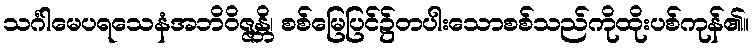
သင်္ဂါမေပရသေနံအဘိဝိဇ္ဇန္တိ၊ စစ်မြေပြင်၌တပါးသောစစ်သည်ကိုထိုးပစ်ကုန်၏။